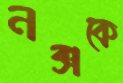
নক্সকে